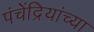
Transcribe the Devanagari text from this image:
पंचेंद्रियांच्या